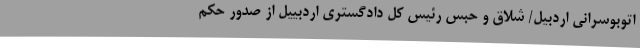
اتوبوسرانی اردبیل/ شلاق و حبس رئیس کل دادگستری اردبییل از صدور حکم